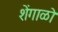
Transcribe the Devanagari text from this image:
शेंगाळो